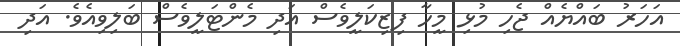
އަހަރު ބައްޔެއް ޖެހި މުޅި މީހާ ފިޒިކަލީވެސް އަދި މެންޓަލީވެސް ބަލިވިއެވެ. އަދި